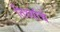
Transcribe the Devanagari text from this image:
तिथ्यांचे